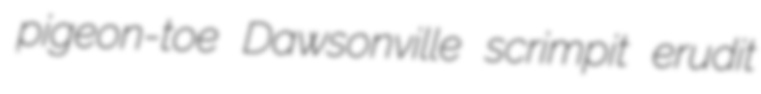
pigeon-toe Dawsonville scrimpit erudit